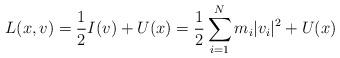
LaTeX: \begin{gather*}L(x,v)=\frac12I(v)+U(x)=\frac 12\sum_{i=1}^Nm_i|v_i|^2+U(x)\end{gather*}